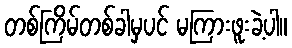
တစ်ကြိမ်တစ်ခါမှပင် မကြားဖူးခဲ့ပါ။